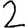
Digit: 2